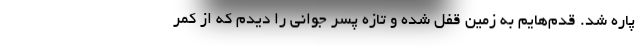
پاره شد. قدم‌هایم به زمین قفل شده و تازه پسر جوانی را دیدم که از کمر